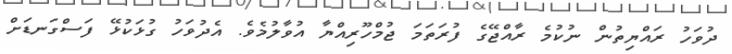
ދުވަހު ރައްޔިތުން ނުކުމެ ރާއްޖޭގެ ފުރަތަމަ ޖުމްހޫރިއްޔާ އުވާލުމެވެ. އެދުވަހު ގުޅަކުޅޭ ފަސްގަނޑަށް